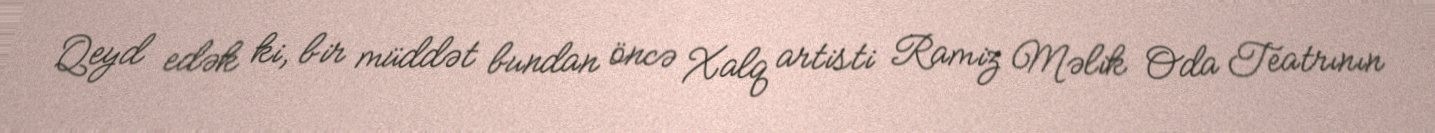
Qeyd edək ki, bir müddət bundan öncə Xalq artisti Ramiz Məlik Oda Teatrının